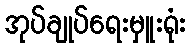
အုပ်ချုပ်ရေးမှူးရုံး